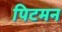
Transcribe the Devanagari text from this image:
पिटमन